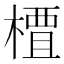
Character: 𫞍